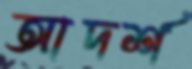
আদর্শ